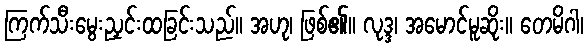
ကြက်သီးမွေးညှင်းထခြင်းသည်။ အဟု၊ ဖြစ်၏။ လုဒ္ဒ၊ အမောင်မူဆိုး။ တေမိဂါ၊